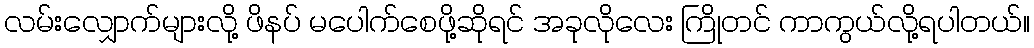
လမ်းလျှောက်များလို့ ဖိနပ် မပေါက်စေဖို့ဆိုရင် အခုလိုလေး ကြိုတင် ကာကွယ်လို့ရပါတယ်။